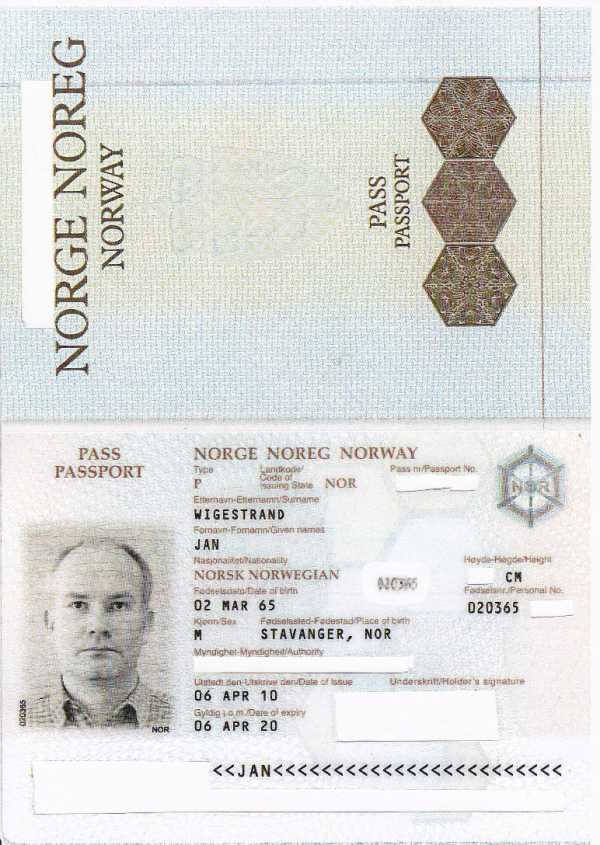
Language: no